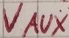
Text: VAUX